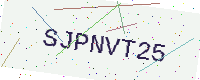
Text: SJPNVT25